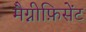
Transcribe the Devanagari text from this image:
मैग्नीफ़िसेंट